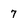
Character: 7